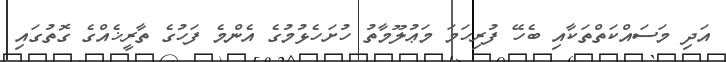
އަދި މަސައްކަތްތަކާއި ބެހޭ ފުރިހަމަ މަޢުލޫމާތު ހުށަހެޅުމުގެ އެންމެ ފަހުގެ ތާރީޚެއްގެ ގޮތުގައި